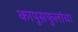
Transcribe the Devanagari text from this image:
कापूसफुलांचा